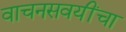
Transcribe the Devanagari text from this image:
वाचनसवयींचा